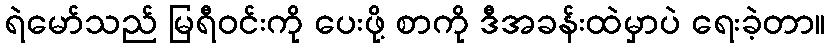
ရဲမော်သည် မြရီဝင်းကို ပေးဖို့ စာကို ဒီအခန်းထဲမှာပဲ ရေးခဲ့တာ။